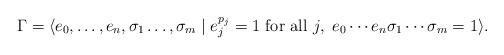
LaTeX: \begin{align*} \Gamma =\langle e_0,\ldots, e_n, \sigma_1\ldots, \sigma_m\mid e_j^{p_j}=1 \textrm{ for all }j,~ e_0\cdots e_n\sigma_1\cdots \sigma_m = 1 \rangle.\end{align*}